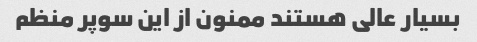
بسیار عالی هستند ممنون از این سوپر منظم